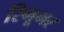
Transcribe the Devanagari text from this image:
रिमूभर